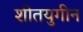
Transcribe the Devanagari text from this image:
शीतयुगीन